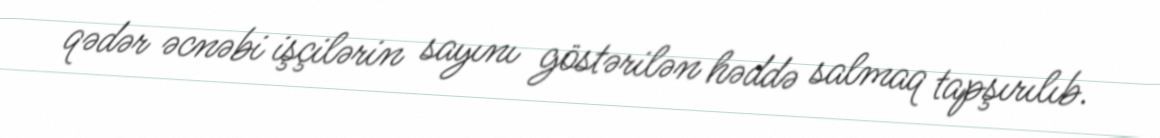
qədər əcnəbi işçilərin sayını göstərilən həddə salmaq tapşırılıb.